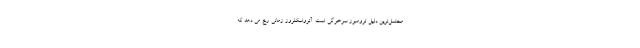
محتمل‌ترین دلیل ترومبوز سرخرگی است. آترواسکلروز زمانی رخ می دهد که